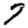
Digit: 7